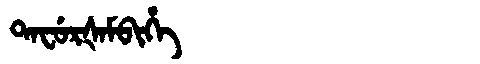
Manchu: ᡨᠠᠸᡠᡵᡧᠠᠮᠪᡳᡥᡝ
Romanization: TAFURŠAMBIHE